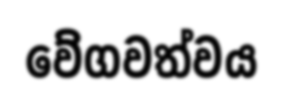
වේගවත්වය